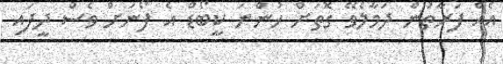
އެއް ފަރާތުން ދަމާލެވޭ ގޮތަށް ހުންނަ ކީބޯޑް އެ ފޯނަށް ވެސް ދީފައި